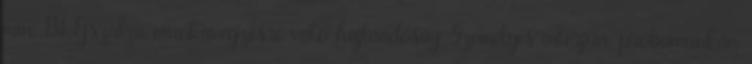
min. B1 Éjszakai munkavégzésre való hajlandóság Személyes interjún, próbamunkán